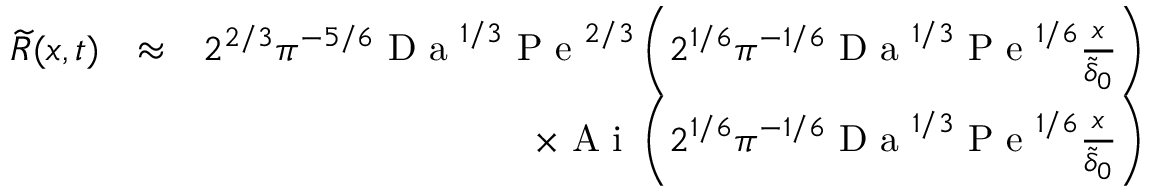
\begin{array} { r l r } { \widetilde { R } ( x , t ) } & { \approx } & { 2 ^ { 2 / 3 } \pi ^ { - 5 / 6 } \textrm { D a } ^ { 1 / 3 } \textrm { P e } ^ { 2 / 3 } \left( 2 ^ { 1 / 6 } \pi ^ { - 1 / 6 } \textrm { D a } ^ { 1 / 3 } \textrm { P e } ^ { 1 / 6 } \frac { x } { \widetilde { \delta } _ { 0 } } \right) } \\ & { } & { \times \textrm { A i } \left( 2 ^ { 1 / 6 } \pi ^ { - 1 / 6 } \textrm { D a } ^ { 1 / 3 } \textrm { P e } ^ { 1 / 6 } \frac { x } { \widetilde { \delta } _ { 0 } } \right) } \end{array}